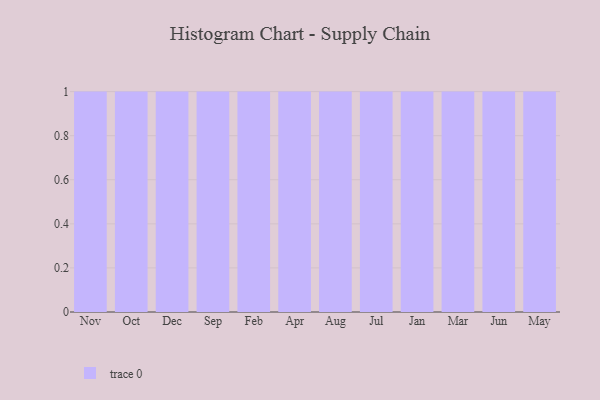
{"axis": {"x": "Month", "y": "Energy Usage (MWh)"}, "legend": [""], "data": [{"x": "Nov", "y": 16, "type": ""}, {"x": "Oct", "y": 35, "type": ""}, {"x": "Dec", "y": 13, "type": ""}, {"x": "Sep", "y": 48, "type": ""}, {"x": "Feb", "y": 70, "type": ""}, {"x": "Apr", "y": 40, "type": ""}, {"x": "Aug", "y": 39, "type": ""}, {"x": "Jul", "y": 49, "type": ""}, {"x": "Jan", "y": 94, "type": ""}, {"x": "Mar", "y": 20, "type": ""}, {"x": "Jun", "y": 34, "type": ""}, {"x": "May", "y": 10, "type": ""}]}